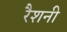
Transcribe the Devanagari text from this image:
रैशनी